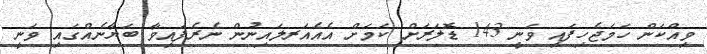
ވިއްކަން ހަމަޖެހިފައި ވަނީ 143 ޑޮލަރަށް ކަމަށް އެއެއަރލައިނުން ނެރެފައިވާ ބަޔާނެއްގައި ވަނީ